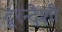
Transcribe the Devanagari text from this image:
दूरन्देशी